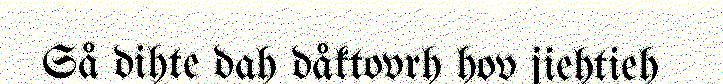
Så dihte dah dåktovrh hov jiehtieh